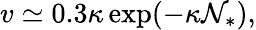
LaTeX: v\simeq0.3\kappa\exp(-\kappa\mathcal{N}_{*}),